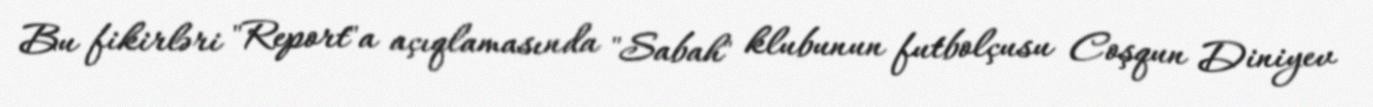
Bu fikirləri "Report"a açıqlamasında "Sabah" klubunun futbolçusu Coşqun Diniyev